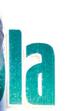
ls